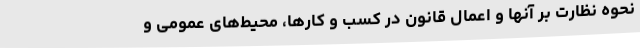
نحوه نظارت بر آنها و اعمال قانون در کسب و کارها، محیط‌های عمومی و